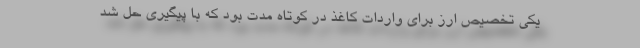
یکی تخصیص ارز برای واردات کاغذ در کوتاه مدت بود که با پیگیری حل شد